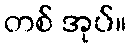
တစ် အုပ်။